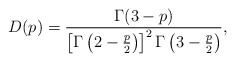
\begin{align*}D(p) = \frac{\Gamma(3-p)}{\left[\Gamma\left(2-\frac{p}{2}\right)\right]^2\Gamma\left(3-\frac{p}{2}\right)},\end{align*}